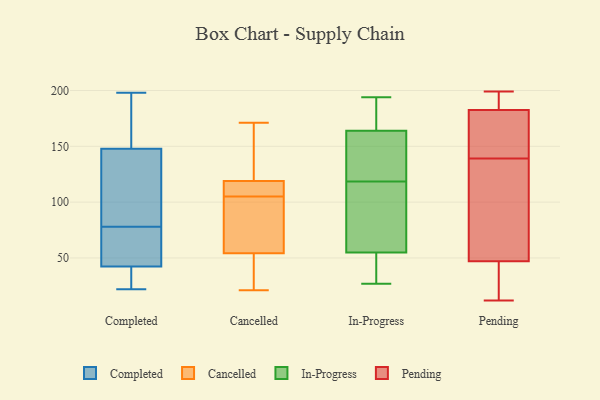
{"axis": {"x": "Waste Production (Tons)", "y": "Value"}, "legend": ["Cancelled", "Completed", "In-Progress", "Pending"], "data": [{"x": "", "y": 32, "type": "Completed"}, {"x": "", "y": 44, "type": "Completed"}, {"x": "", "y": 150, "type": "Completed"}, {"x": "", "y": 43, "type": "Completed"}, {"x": "", "y": 59, "type": "Completed"}, {"x": "", "y": 147, "type": "Completed"}, {"x": "", "y": 78, "type": "Completed"}, {"x": "", "y": 58, "type": "Completed"}, {"x": "", "y": 156, "type": "Completed"}, {"x": "", "y": 33, "type": "Completed"}, {"x": "", "y": 107, "type": "Completed"}, {"x": "", "y": 122, "type": "Completed"}, {"x": "", "y": 22, "type": "Completed"}, {"x": "", "y": 156, "type": "Completed"}, {"x": "", "y": 198, "type": "Completed"}, {"x": "", "y": 40, "type": "Completed"}, {"x": "", "y": 124, "type": "Completed"}, {"x": "", "y": 56, "type": "Cancelled"}, {"x": "", "y": 49, "type": "Cancelled"}, {"x": "", "y": 171, "type": "Cancelled"}, {"x": "", "y": 37, "type": "Cancelled"}, {"x": "", "y": 128, "type": "Cancelled"}, {"x": "", "y": 117, "type": "Cancelled"}, {"x": "", "y": 105, "type": "Cancelled"}, {"x": "", "y": 115, "type": "Cancelled"}, {"x": "", "y": 105, "type": "Cancelled"}, {"x": "", "y": 125, "type": "Cancelled"}, {"x": "", "y": 21, "type": "Cancelled"}, {"x": "", "y": 104, "type": "Cancelled"}, {"x": "", "y": 69, "type": "Cancelled"}, {"x": "", "y": 194, "type": "In-Progress"}, {"x": "", "y": 155, "type": "In-Progress"}, {"x": "", "y": 164, "type": "In-Progress"}, {"x": "", "y": 173, "type": "In-Progress"}, {"x": "", "y": 63, "type": "In-Progress"}, {"x": "", "y": 27, "type": "In-Progress"}, {"x": "", "y": 55, "type": "In-Progress"}, {"x": "", "y": 87, "type": "In-Progress"}, {"x": "", "y": 150, "type": "In-Progress"}, {"x": "", "y": 52, "type": "In-Progress"}, {"x": "", "y": 14, "type": "Pending"}, {"x": "", "y": 41, "type": "Pending"}, {"x": "", "y": 125, "type": "Pending"}, {"x": "", "y": 144, "type": "Pending"}, {"x": "", "y": 66, "type": "Pending"}, {"x": "", "y": 181, "type": "Pending"}, {"x": "", "y": 36, "type": "Pending"}, {"x": "", "y": 23, "type": "Pending"}, {"x": "", "y": 184, "type": "Pending"}, {"x": "", "y": 169, "type": "Pending"}, {"x": "", "y": 180, "type": "Pending"}, {"x": "", "y": 87, "type": "Pending"}, {"x": "", "y": 53, "type": "Pending"}, {"x": "", "y": 169, "type": "Pending"}, {"x": "", "y": 199, "type": "Pending"}, {"x": "", "y": 134, "type": "Pending"}, {"x": "", "y": 191, "type": "Pending"}, {"x": "", "y": 12, "type": "Pending"}, {"x": "", "y": 186, "type": "Pending"}, {"x": "", "y": 185, "type": "Pending"}]}